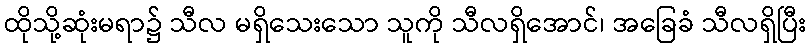
ထိုသို့ဆုံးမရာ၌ သီလ မရှိသေးသော သူကို သီလရှိအောင်၊ အခြေခံ သီလရှိပြီး